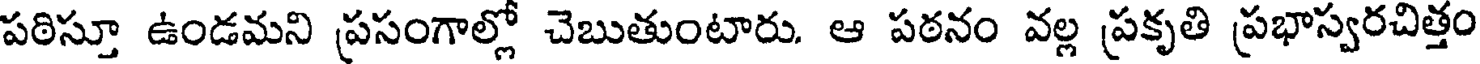
పఠిస్తూ ఉండమని ప్రసంగాల్లో చెబుతుంటారు. ఆ పఠనం వల్ల ప్రకృతి ప్రభాస్వరచిత్తం